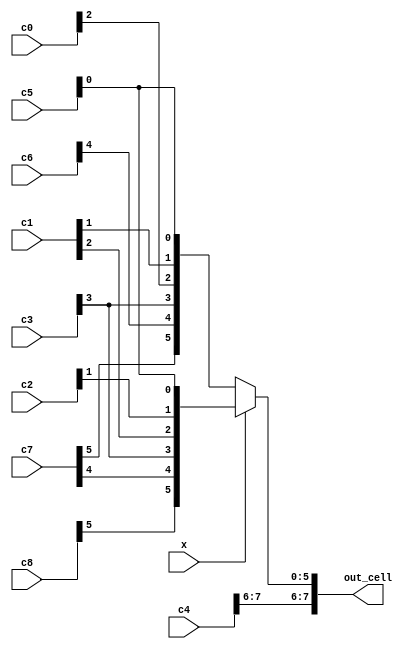
/*
 * lattice gas autmaton propagation module
 */
module lppg
  (
   input [7:0] c0,
   input [7:0] c1,
   input [7:0] c2,
   input [7:0] c3,
   input [7:0] c4,
   input [7:0] c5,
   input [7:0] c6,
   input [7:0] c7,
   input [7:0] c8,
   input 	x,
   output [7:0] out_cell
   );

   assign out_cell = ( x == 1 ) ?
		     { c4[7], c4[6], c8[5], c7[4], c3[3], c1[2], c2[1], c5[0] }:  // odd
		     { c4[7], c4[6], c7[5], c6[4], c3[3], c0[2], c1[1], c5[0] };  // even
endmodule